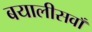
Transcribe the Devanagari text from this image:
बयालीसवाँ